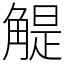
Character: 䚣